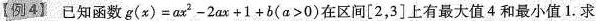
【例4】 已知函数$$g(x)=ax^{2}-2ax+1+b(a>0)$$在区间[2，3]上有最大值4和最小值1.求